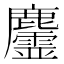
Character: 𪋳